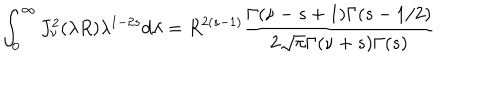
\int _ { 0 } ^ { \infty } J _ { \nu } ^ { 2 } ( \lambda R ) \lambda ^ { 1 - 2 s } d \lambda = R ^ { 2 ( s - 1 ) } \frac { \Gamma ( \nu - s + 1 ) \Gamma ( s - 1 / 2 ) } { 2 \sqrt { \pi } \Gamma ( \nu + s ) \Gamma ( s ) }